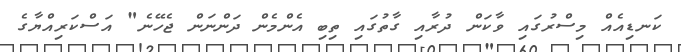
ކަނޑިއެއް މިސްރުގައި ވާކަން ދުރާއި ގާތުގައި ތިބި އެންމެން ދަންނަން ޖެހޭނެ" އަސްކަރިއްޔާގެ